system: You are a helpful assistant.
user:
Analyze the provided spectrum to determine if it is a **Carbon Star (C-type)**.

- **Key Visual Indicators of Carbon Star:**
    - **(Primary):** Strong molecular absorption from **C₂ (diatomic carbon) "Swan Bands."** This is the **defining feature** of a carbon star.
        - **(Key Bandheads):** Sharp absorption edges are visible at approximately $5635$ Å, $5165$ Å (the strongest band), and $4737$ Å.
        - **(Line Profile):** Creates a distinct **"saw-tooth"** pattern. The key morphology is a sharp, steep bandhead on the **red (long-wavelength) side**, which then gradually tapers off (i.e., flux recovers) towards the **blue (short-wavelength) side**. *(This is the direct opposite of the TiO bands seen in M-type stars)*.

    - **(Secondary):** Intense **CN (cyanogen)** molecular absorption bands.
        - **(Key Bandheads):** Located in the blue and violet regions of the spectrum (e.g., near $4215$ Å and $3883$ Å).
        - **(Morphology):** These bands are extremely broad and act as a "blanket," absorbing the vast majority of blue and violet light. This creates a characteristic **"cliff"** or **"steep drop-off"** in the spectrum's flux at short wavelengths.

    - **(Key Confirmation):** Strong **CH absorption band (G-band)**.
        - **(Key Bandhead):** Located around $4300$ Å. The contribution from CH molecules to this band is exceptionally strong.

    - **(Overall Spectrum):**
        - The continuum is severely "chopped up" by these deep molecular bands, especially C₂, rather than appearing as a smooth curve.
        - Due to the heavy CN and C₂ absorption in the blue-green, the vast majority of the star's flux is concentrated in the red part of the spectrum, giving the star its characteristic deep red color.

Think first, call **spectral_visualization_tool** if needed to examine features in detail, then provide your final answer. Your response must adhere to the following strict rules:
1.  **Overall Structure:** Your response must follow the format `<think>...</think> <tool_call>...</tool_call> (if a tool is used) <answer>...</answer>`.
2.  **Tool Usage Constraint:** You may only make **one** tool call per turn.
3.  **Final Answer Format:** In the `<answer>` tag, your conclusion must be inside a `\boxed{}` command (e.g., `\boxed{YES}`), followed by your justification.

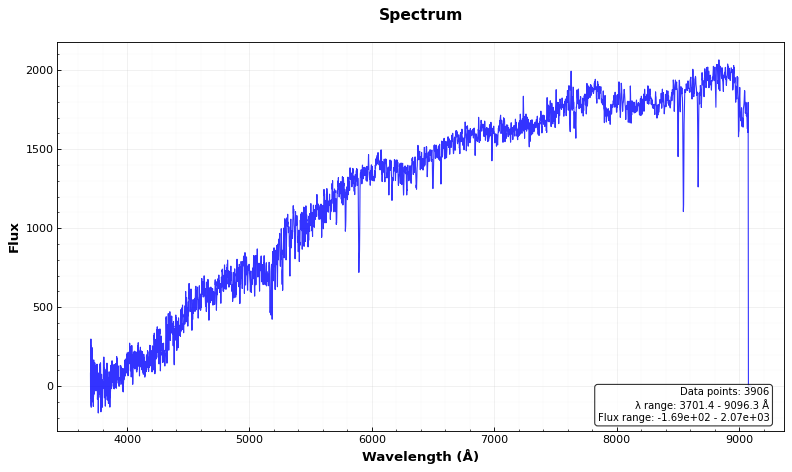
Answer: NO